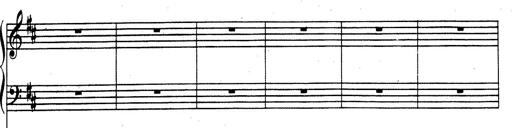
Title: Rhapsodie espagnole
Composer: Franz Liszt